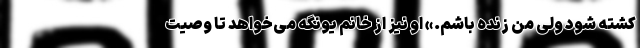
کشته شود ولی من زنده باشم.» او نیز از خانم یونگه می‌خواهد تا وصیت